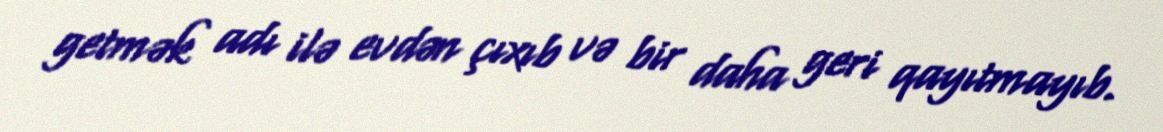
getmək adı ilə evdən çıxıb və bir daha geri qayıtmayıb.